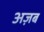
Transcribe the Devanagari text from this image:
अज़ब